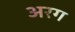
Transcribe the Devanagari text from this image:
अरग